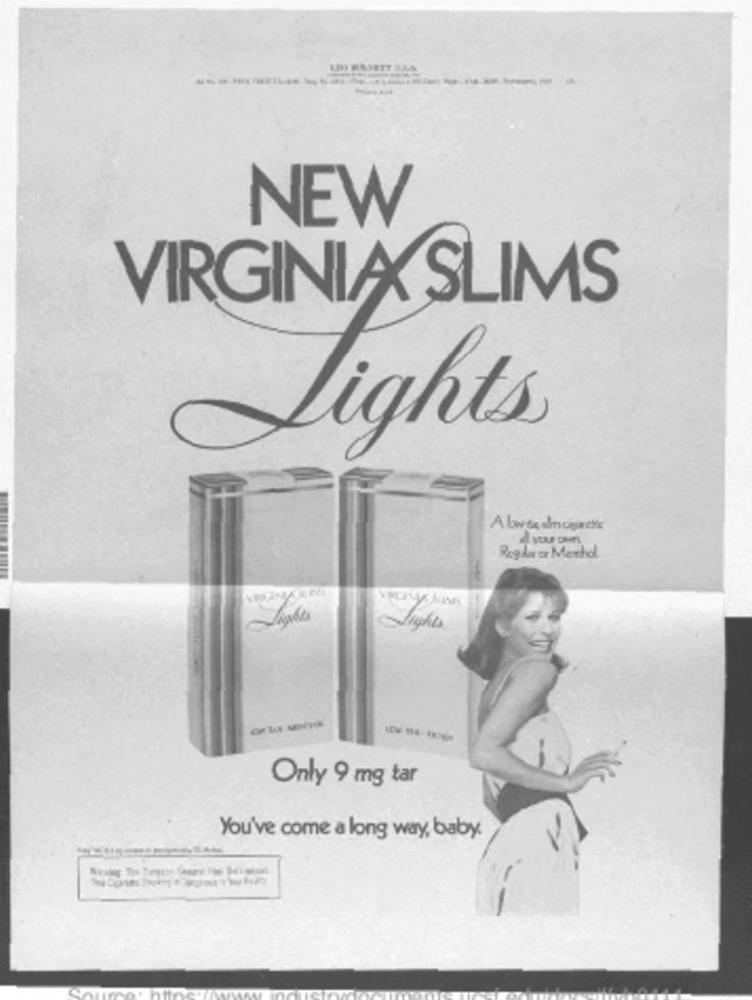
LID BASETT ILL
-
NEW
VIRGINIA SLIMS
Lights
Reg his or Merhel
Only 9 mg tar
You've come a long way, baby.